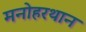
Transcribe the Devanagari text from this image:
मनोहरथान